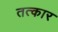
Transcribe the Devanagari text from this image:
तत्कार